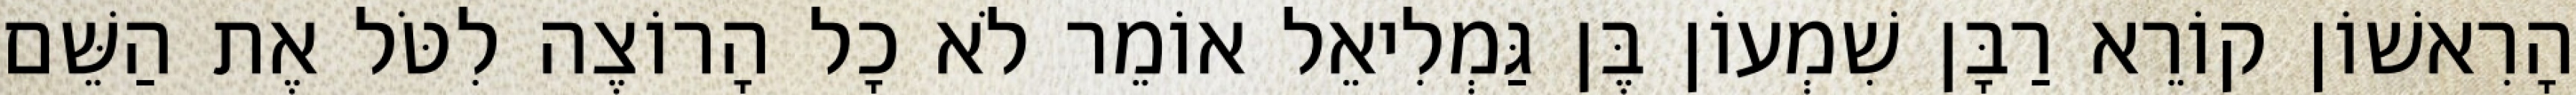
הָרִאשׁוֹן קוֹרֵא רַבָּן שִׁמְעוֹן בֶּן גַּמְלִיאֵל אוֹמֵר לֹא כָל הָרוֹצֶה לִטֹּל אֶת הַשֵּׁם